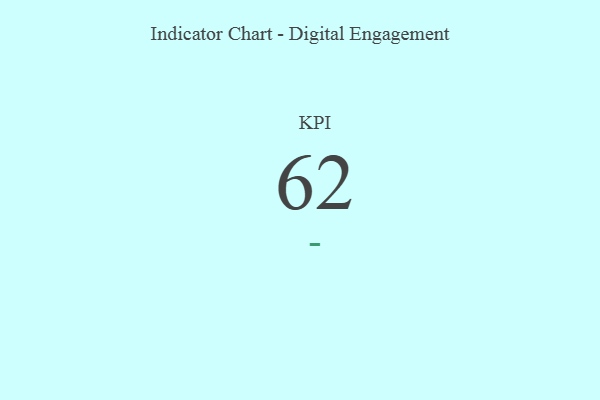
{"axis": {"x": "KPI", "y": "Value"}, "legend": [""], "data": [{"x": "KPI", "y": 62, "type": ""}]}